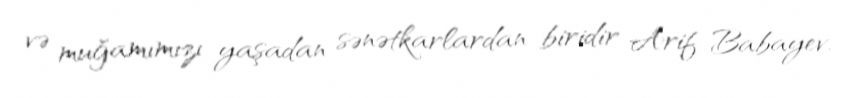
və muğamımızı yaşadan sənətkarlardan biridir Arif Babayev.